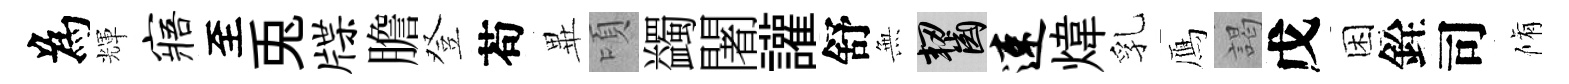
為輝寤至兎牒膽登苟𭺾頃蠲闍讙舒𭴾齧速煒乳鴈謁戊困銓司脩